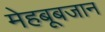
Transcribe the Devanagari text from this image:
मेहबूबजान